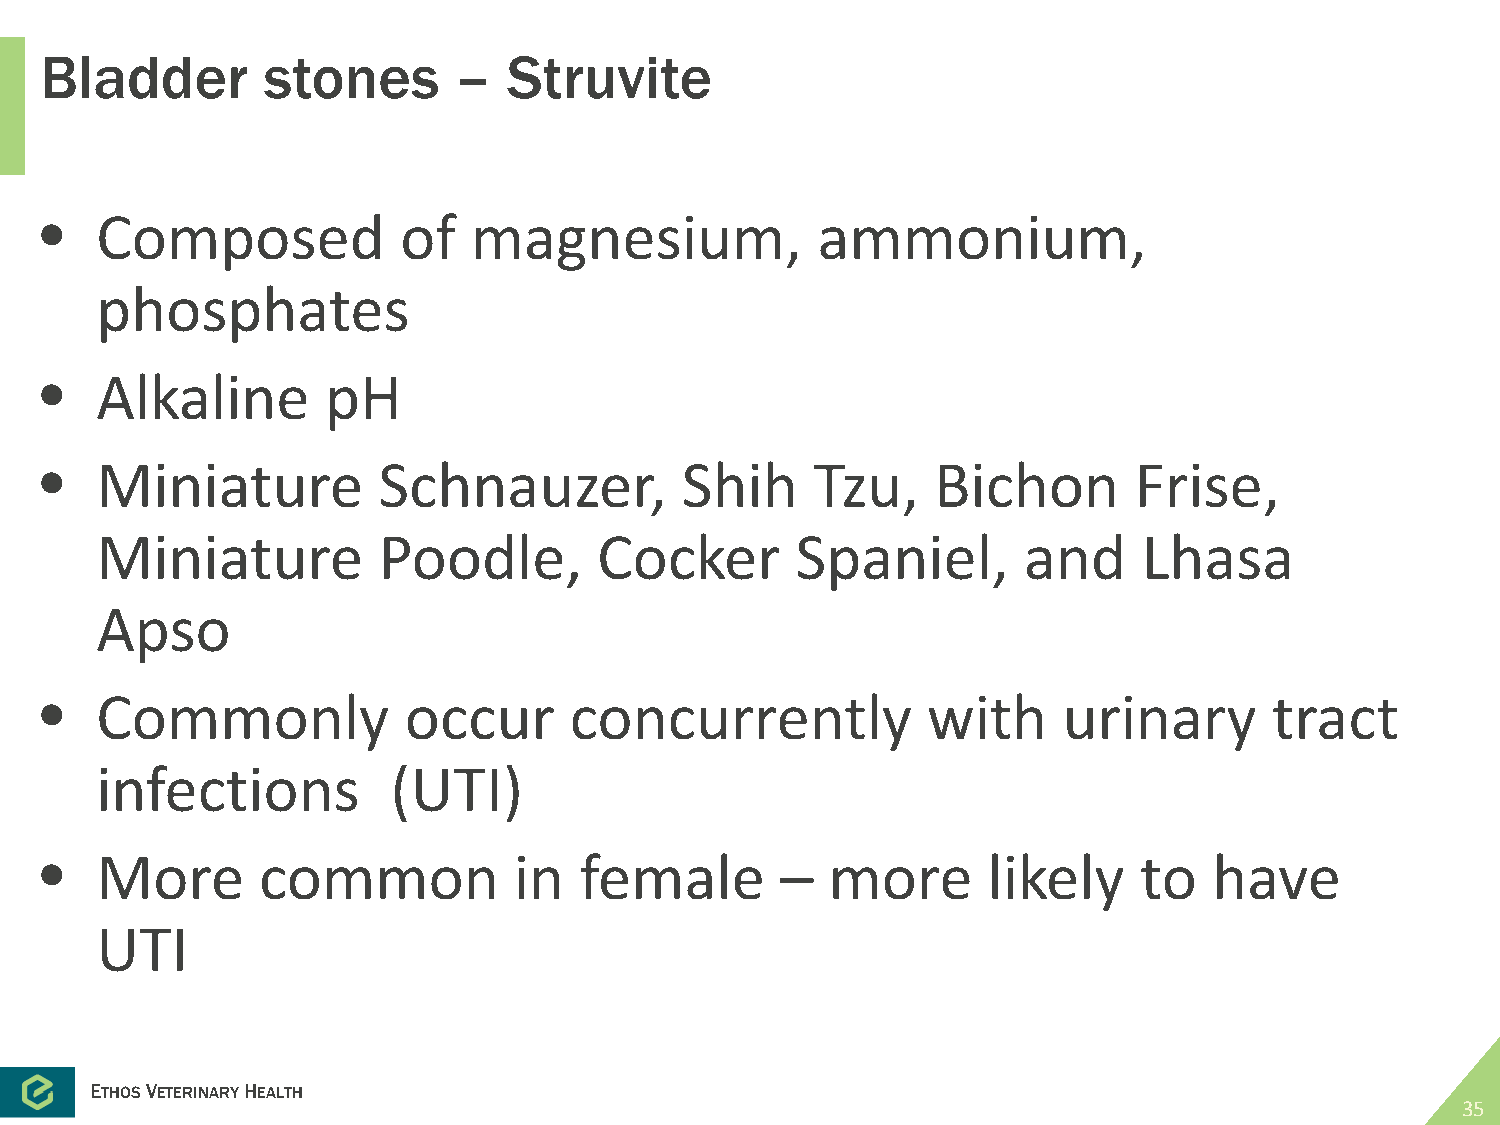
Bladder       stones       –   Struvite
 •  Composed            of   magnesium,             ammonium,
 phosphates
 •  Alkaline        pH
 •  Miniature          Schnauzer,          Shih     Tzu,    Bichon       Frise,
 Miniature          Poodle,        Cocker       Spaniel,       and     Lhasa
 Apso
 •  Commonly             occur      concurrently           with     urinary       tract
 infections          (UTI)
 •  More       common           in  female        –  more      likely    to   have
 UTI
 ETHOSVETERINARYHEALTH
 35